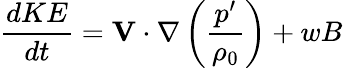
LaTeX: \frac{dKE}{dt}=\mathbf{V}\cdot\nabla\left(\frac{p^{\prime}}{\rho_{0}}\right)+wB